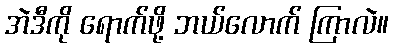
အဲဒီကို ရောက်ဖို့ ဘယ်လောက် ကြာလဲ။